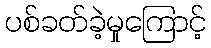
ပစ်ခတ်ခဲ့မှုကြောင့်